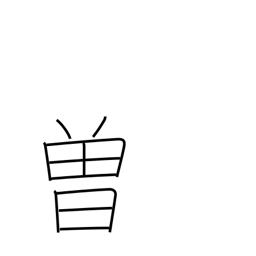
Meaning: formerly